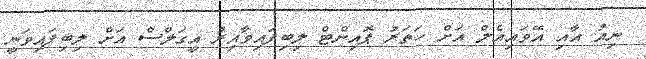
ނިއު އާއި އޭވައިއެލް އަށް ހަތަރު ޕޮއިންޓް ލިބިފައިވާއިރު އީގަލްސް އަށް ލިބިފައިވަނީ